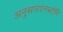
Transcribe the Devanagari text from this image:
अनुसारएनस्टेमि